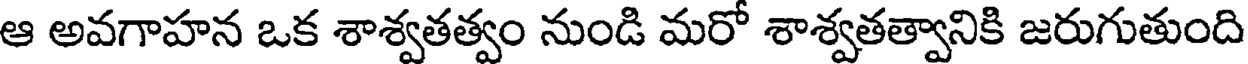
ఆ అవగాహన ఒక శాశ్వతత్వం నుండి మరో శాశ్వతత్వానికి జరుగుతుంది